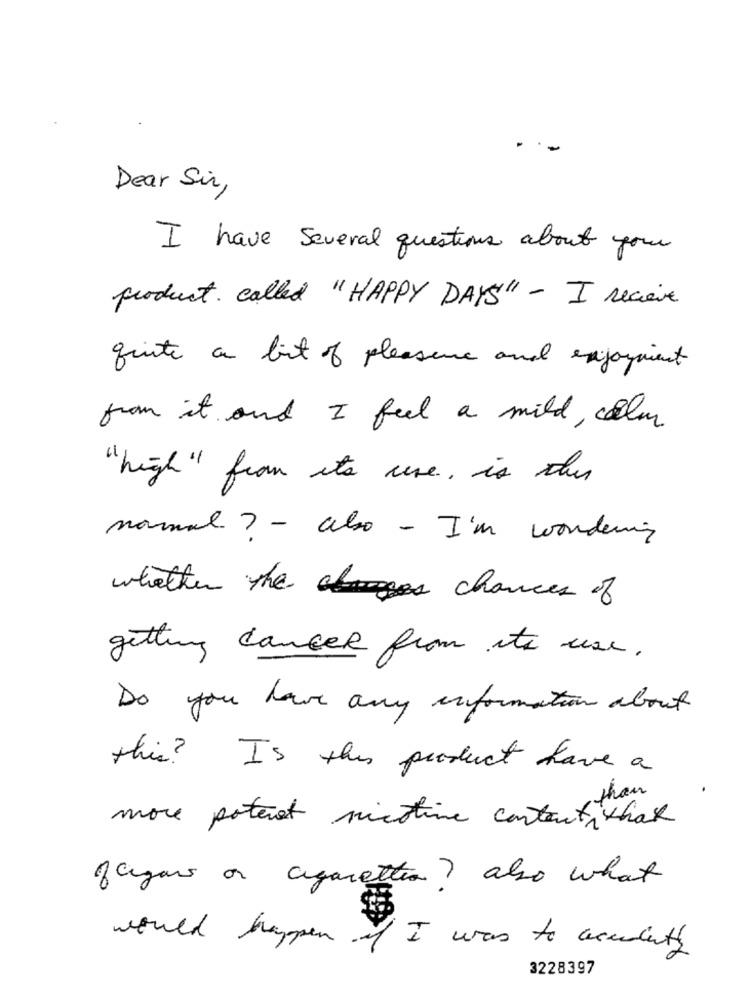
.
Dear Sir,
I have several questions about your
product . called " HAPPY DAYS" - I receive
quite a bit of pleasure and enjoyment
from it and I feel a mild, color
" high " from its use , is the
normal ? - also - I'm wondering
whether the chances of
getting cancer from its use.
Do you have any information about
this? Is this product have a
than
more poteret nicotine content that
fagor or cigaretten? also what
would happen if I was to accidents
3228397